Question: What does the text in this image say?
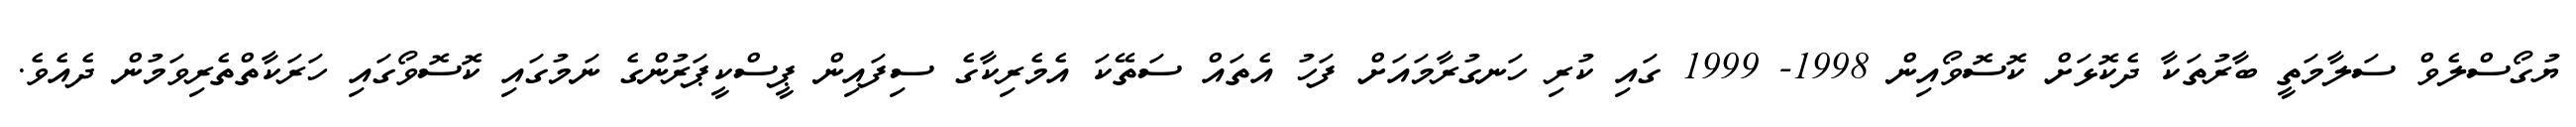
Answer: ޔުގޯސްލެވް ސަލާމަތީ ބާރުތަކާ ދެކޮޅަށް ކޮސޮވޯއިން 1998- 1999 ގައި ކުރި ހަނގުރާމައަށް ފަހު އެތައް ސަތޭކަ އެމެރިކާގެ ސިފައިން ޕީސްކީޕަރުންގެ ނަމުގައި ކޮސޮވޯގައި ހަރަކާތްތެރިވަމުން ދެއެވެ.